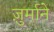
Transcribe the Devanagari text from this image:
ज़ुर्माने